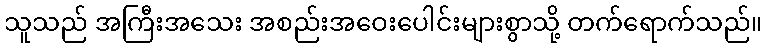
သူသည် အကြီးအသေး အစည်းအဝေးပေါင်းများစွာသို့ တက်ရောက်သည်။